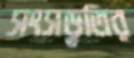
সংসড়ৃতির